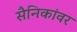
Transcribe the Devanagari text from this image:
सैनिकांवर